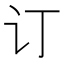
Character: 订